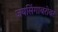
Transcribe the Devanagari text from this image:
जयसिंगाबरोबर